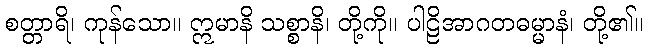
စတ္တာရိ၊ ကုန်သော။ ဣမာနိ သစ္စာနိ၊ တို့ကို။ ပါဠိအာဂတဓမ္မာနံ၊ တို့၏။